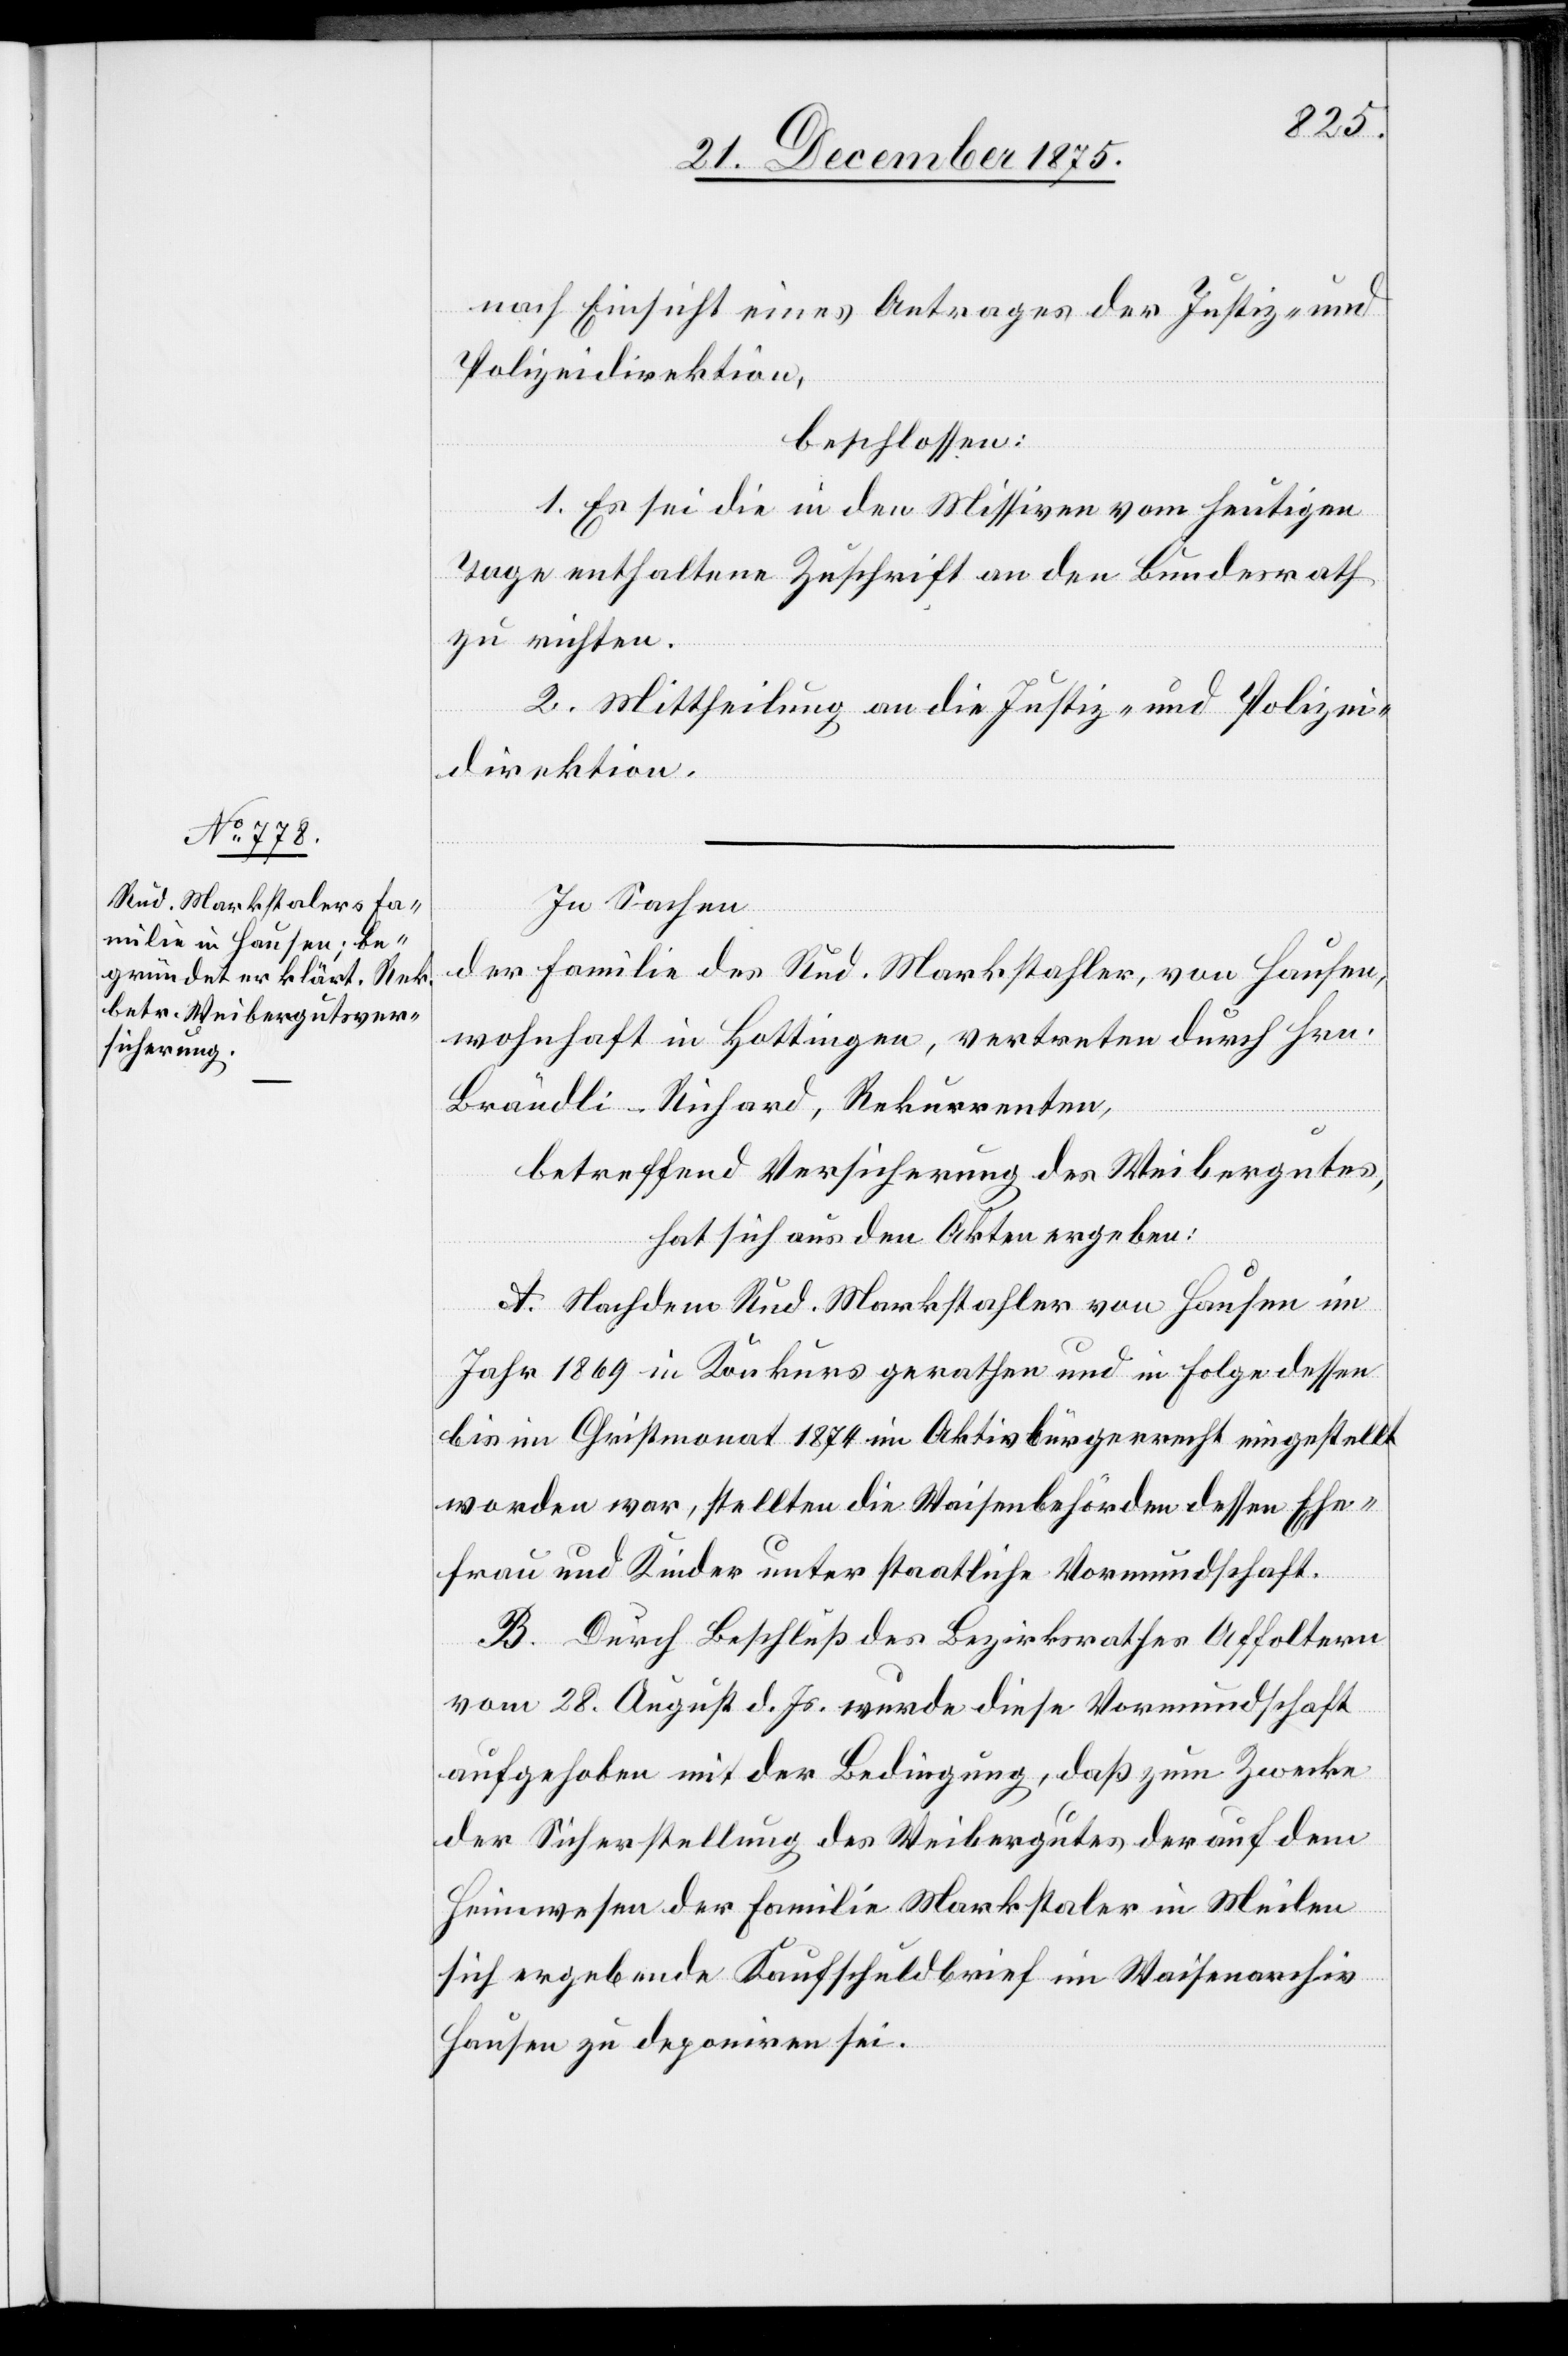
nach Einsicht eines Antrages der Justiz- und
Polizeidirektion,
beschlossen:
1. Es sei die in den Missiven vom heutigen
Tage enthaltene Zuschrift an den Bundesrath
zu richten.
2. Mittheilung an die Justiz- und Polizei¬
direktion.
In Sachen
der Familie des Rud. Markstahler, von Hausen,
wohnhaft in Hottingen, vertreten durch Hrn.
Brändli-Richard, Rekurrenten,
betreffend Versicherung des Weibergutes,
hat sich aus den Akten ergeben:
A. Nachdem Rud. Markstahler von Hausen im
Jahr1869 in Konkurs gerathen und in Folge dessen
bis im Christmonat 1874 im Aktivbürgerrecht eingestellt
worden war, stellten die Waisenbehörden dessen Ehe¬
frau und Kinder unter staatliche Vormundschaft.
B. Durch Beschluß des Bezirksrathes Affoltern
vom 28. August d. Js. wurde diese Vormundschaft
aufgehoben mit der Bedingung, daß zum Zwecke
der Sicherstellung des Weibergutes der auf dem
Heimwesen der Familie Markstaler [sic!] in Meilen
sich ergebende Kaufschuldbrief im Waisenarchiv
Hausen zu deponiren sei.